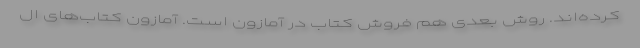
کرده‌اند. روش بعدی هم فروش کتاب در آمازون است. آمازون کتاب‌های ال